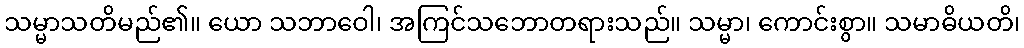
သမ္မာသတိမည်၏။ ယော သဘာဝေါ၊ အကြင်သဘောတရားသည်။ သမ္မာ၊ ကောင်းစွာ။ သမာဓိယတိ၊